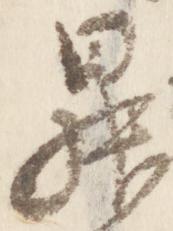
昇